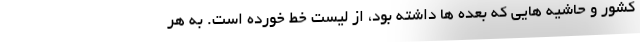
کشور و حاشیه هایی که بعده ها داشته بود، از لیست خط خورده است. به هر